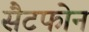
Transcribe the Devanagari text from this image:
सैटफोन